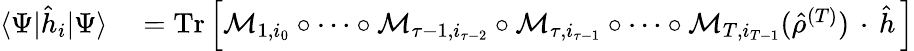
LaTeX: \begin{array}{rl}{\langle\Psi|\hat{h}_{i}|\Psi\rangle}&{{}=\operatorname{Tr}\left[\mathcal{M}_{1,i_{0}}\circ\dotsb\circ\mathcal{M}_{\tau-1,i_{\tau-2}}\circ\mathcal{M}_{\tau,i_{\tau-1}}\circ\dotsb\circ\mathcal{M}_{T,i_{T-1}}({\hat{\rho}}^{(T)})\, \cdot\, \hat{h}\, \right]}\end{array}